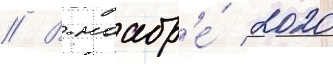
// В ноабр'е́ 2020